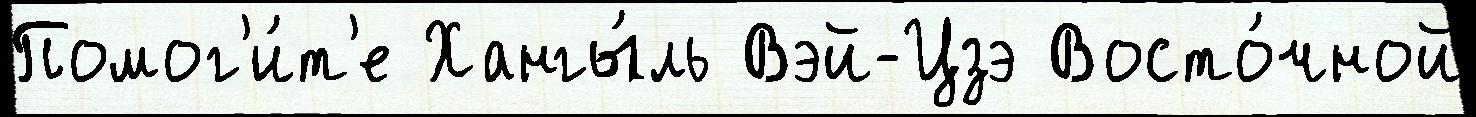
Помог'и́т'е Хангы́ль Вэй-Цзэ Восто́чной